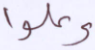
وعلوا